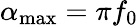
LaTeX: \alpha_{\operatorname*{max}}=\pi f_{0}